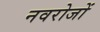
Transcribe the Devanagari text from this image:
नवरोजों